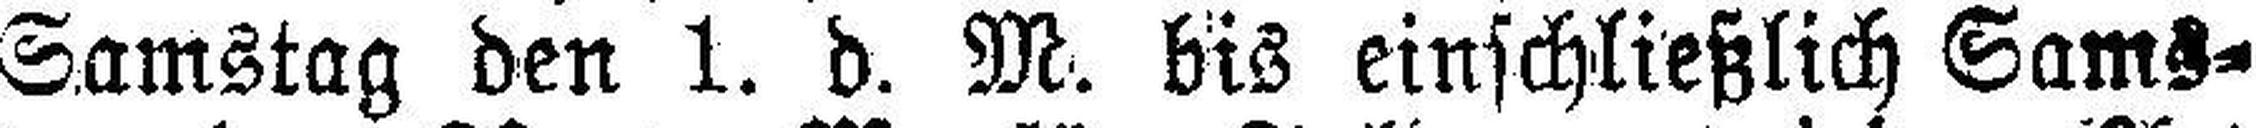
Samstag den 1. d. M. bis einschließlich Sams¬